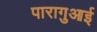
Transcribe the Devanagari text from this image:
पारागुआई